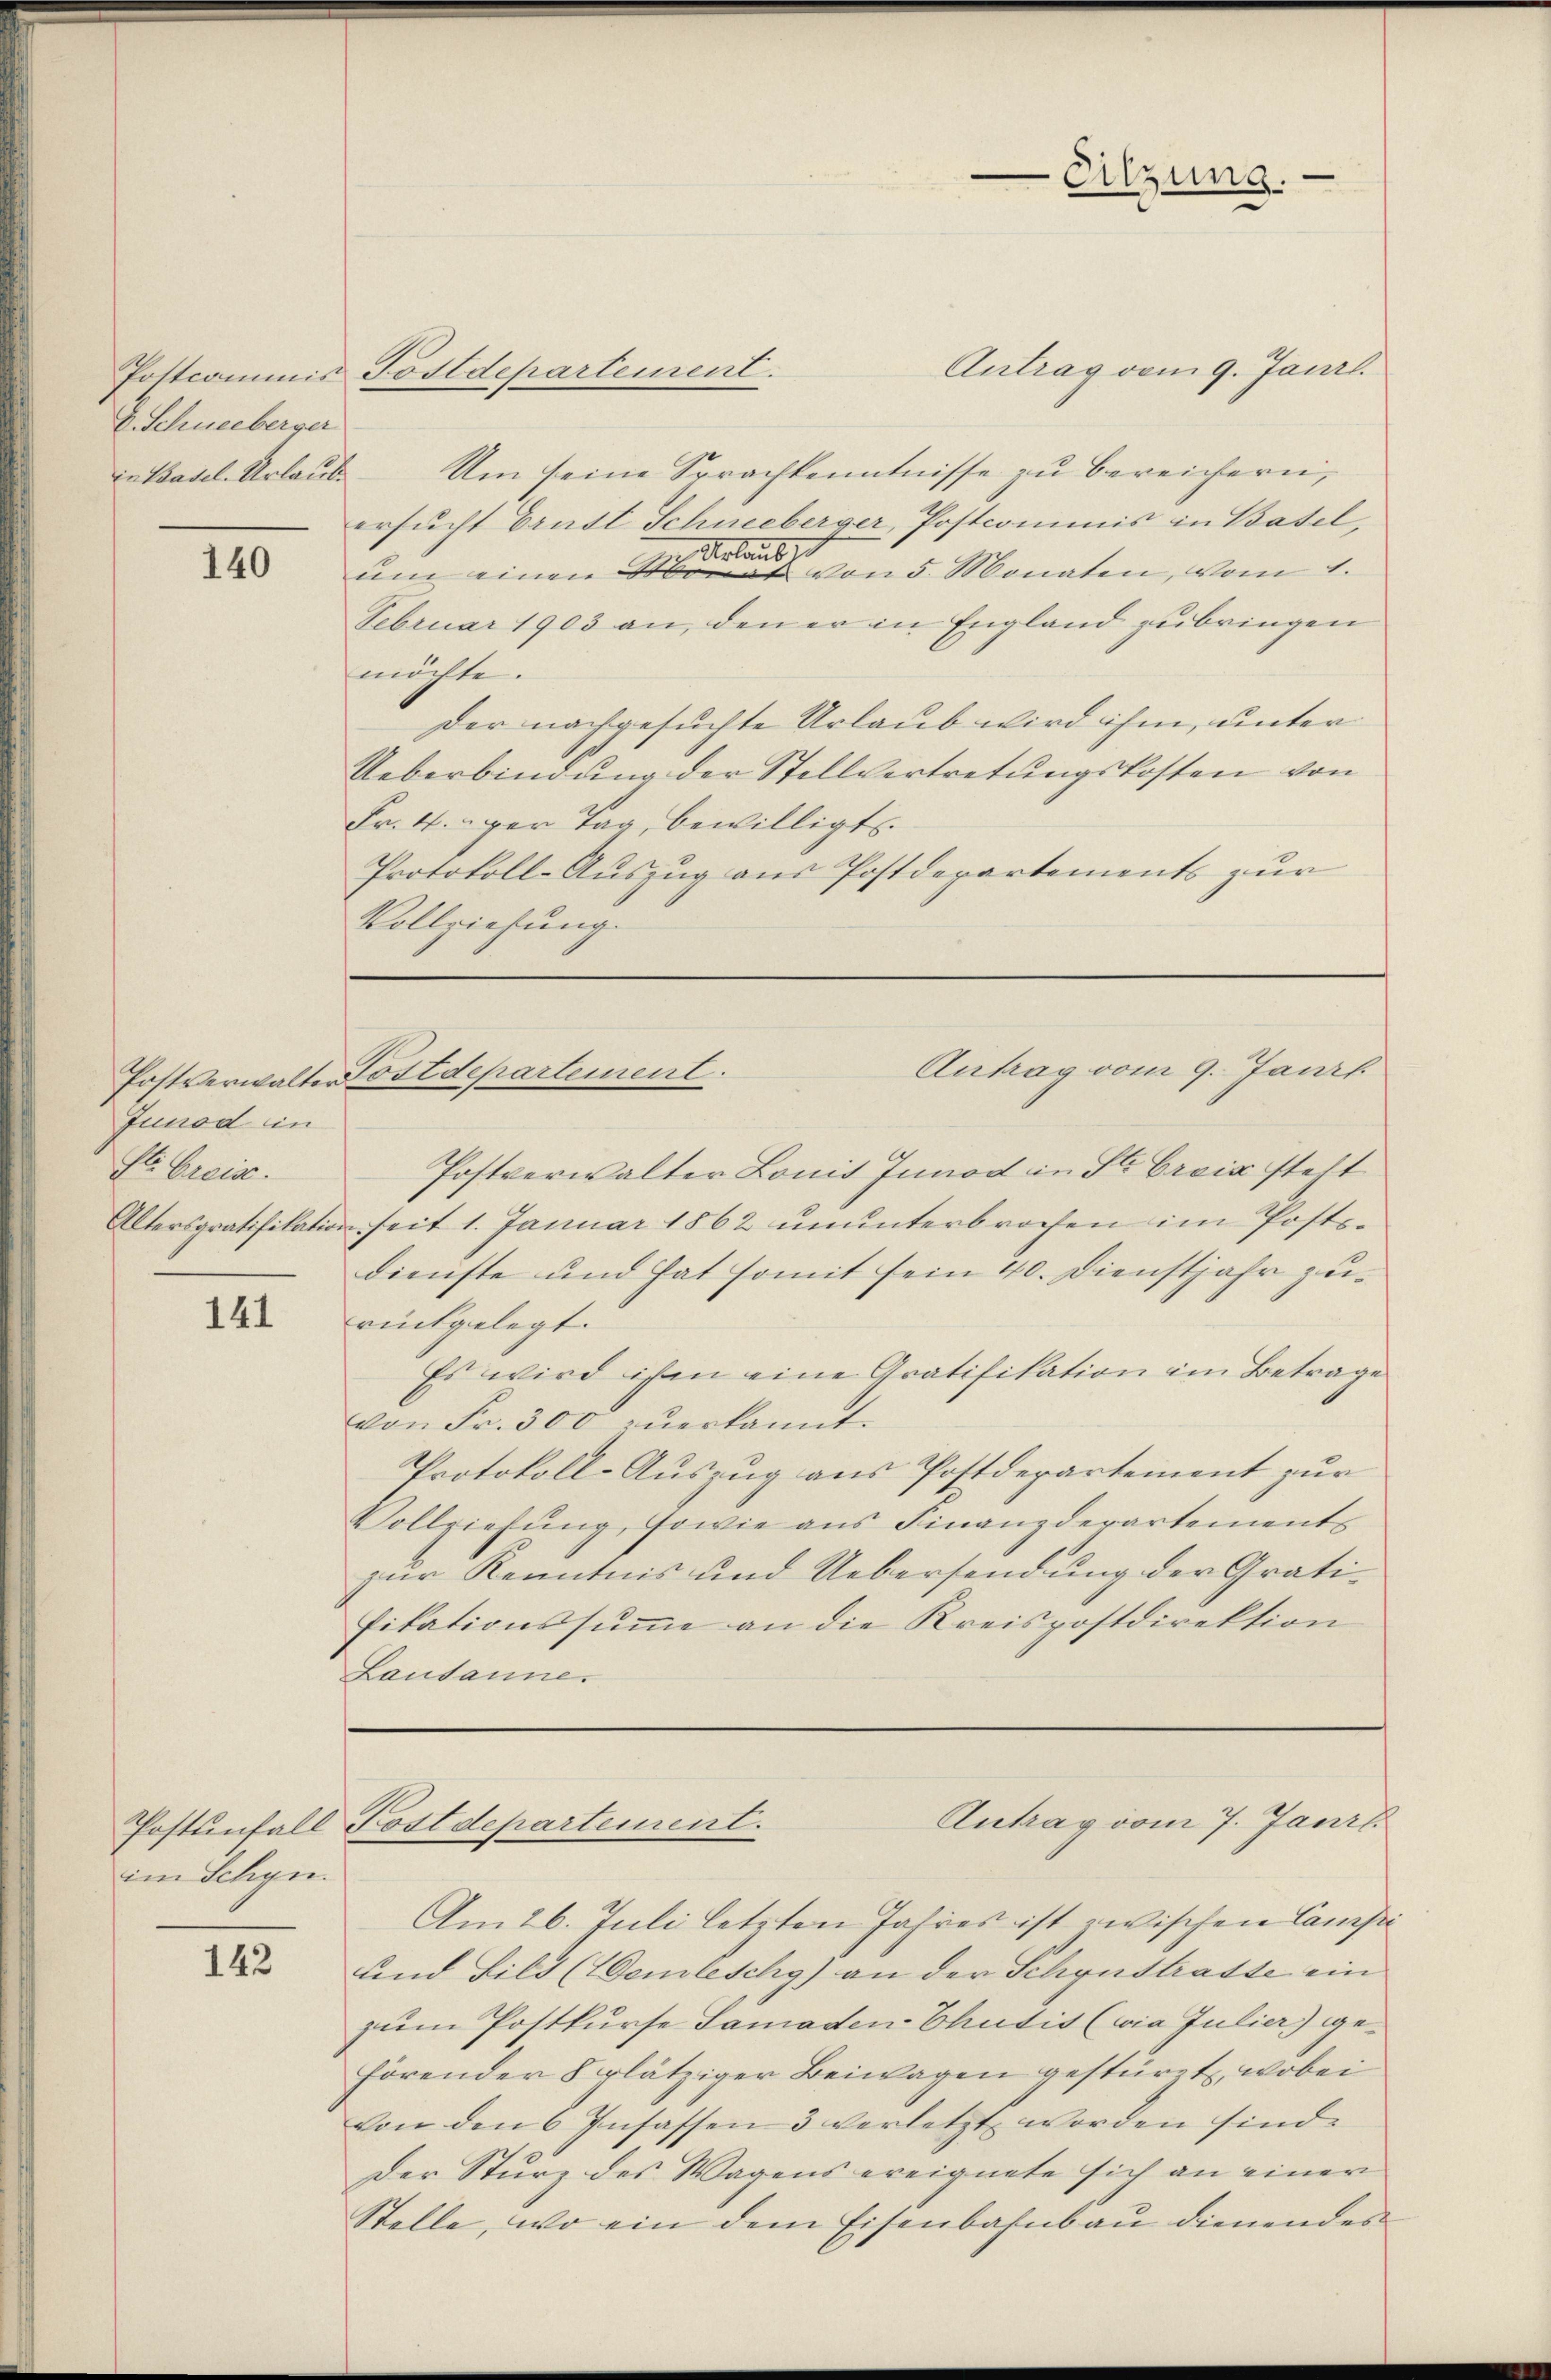
E. Schneeberger

140

Junod in
Sl. Greise.

141

im Schyn.

142

Antrag vom 9. Janrl.
in Basel Urlaub. Um seine Sprachkenntnisse zu bereichern,
ersucht Brust Schneeberger, Postcommis in Basel,
rlaube
um einen Monat von 5 Monaten, vom 1.
Februar 1903 an, den er in England zubringen
möchte.
Der nachgesuchte Urlaub wird ihm, unter
Ueberbindung der Stellvertretungskosten von
Fr. 4. per Tag, bewilligt.
Protokoll-Auszug aus Postdepartements zur
Vollziehung.

Postcommis Postdepartement.

Eitzung.

Antrag vom 9. Janzl
Postverwalter Postdepartement.

Antrag vom 7. Janit
Postenfall Postdepartement.

Postverwalter Lonis Junod in St. Croix steht
Altersgratifikation seit 1. Januar 1862 ŭnŭnterbrochen im Posts-
dienste und hat somit sein 40. Dienstjahr zurückgelegt.
Es wird ihm eine Gratifikation im Betrage
von Fr. 300 zŭerkannt.
Protokoll-Auszug aus Postdepartement zur
Vollziehŭng, sowie ans Finanzderartements
zur Kenntnis und Uebersendung der Gratifikationssumme an die Kreispostdirektion
Lausanne.

Am 26. Juli letzten Jahres ist zwischen Camp
und Bild (Wemleschy) an der Schynstratte ein
zum Postkurse Samaden Chutist (wie Julier) gehörender 8 rlätziger Beiwagen gestürzt, wobei
von den 6 Insassen 3 verletzt worden sind.
Der Sturz des Wagens ereignete sich an einer
Stelle, wo ein dem Eisenbahnbau dienendes